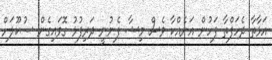
އަޅާތާ ދެހަފްތާ ފަހުން އަނެއްކާ ވެސް މިޝާ ފެނުނީ ދަރިފުޅު ގޮވައިގެން ސުކޫލަށް